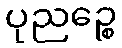
ပုညဉ္စေ